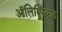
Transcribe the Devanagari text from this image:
ऑलिम्पियाड